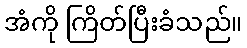
အံကို ကြိတ်ပြီးခံသည်။